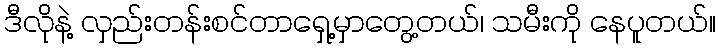
ဒီလိုနဲ့ လှည်းတန်းစင်တာရှေ့မှာတွေ့တယ်၊ သမီးကို နေပူတယ်။